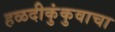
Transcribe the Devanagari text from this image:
हळदीकुंकुवाचा